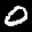
Label: 0